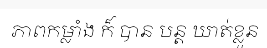
ភាពកម្លាំង ក៏ បាន បន្ត ឃាត់ខ្លួន